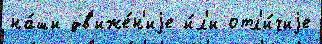
на́ши дв'иже́н'иjе и́л'и отл'и́чиjе